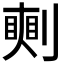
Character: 𠟰